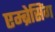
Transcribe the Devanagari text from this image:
एम्ब्रेसिंग